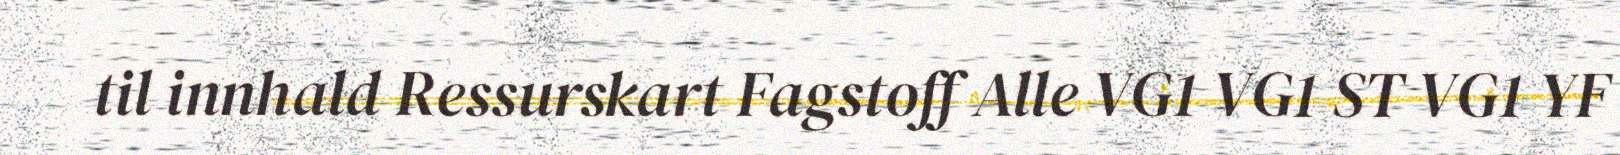
til innhald Ressurskart Fagstoff Alle VG1 VG1 ST VG1 YF